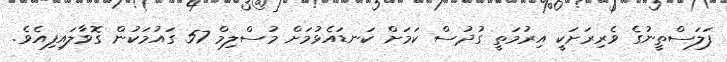
ފަލަސްތީނުގެ ވެރިރަށަކީ އިރުމަތީ ގުދުސް ކަމަށް ކަނޑައެޅުމަށް މުސްލިމް 57 ގައުމަކުން ގޮވާލައިފިއެވެ.